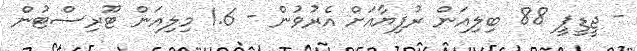
- ޖީޑީޕީ 88 ބިލިއަން ރުފިޔާއަށް އެރުވުން - 1.6 މިލިއަން ޓޫރިސްޓުން